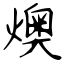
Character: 燠